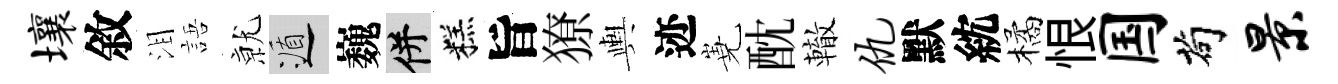
壤敘泪語𭕒遁巍并糕旨獠輿迹嶤酖轍仇默紞橘恨国茍景